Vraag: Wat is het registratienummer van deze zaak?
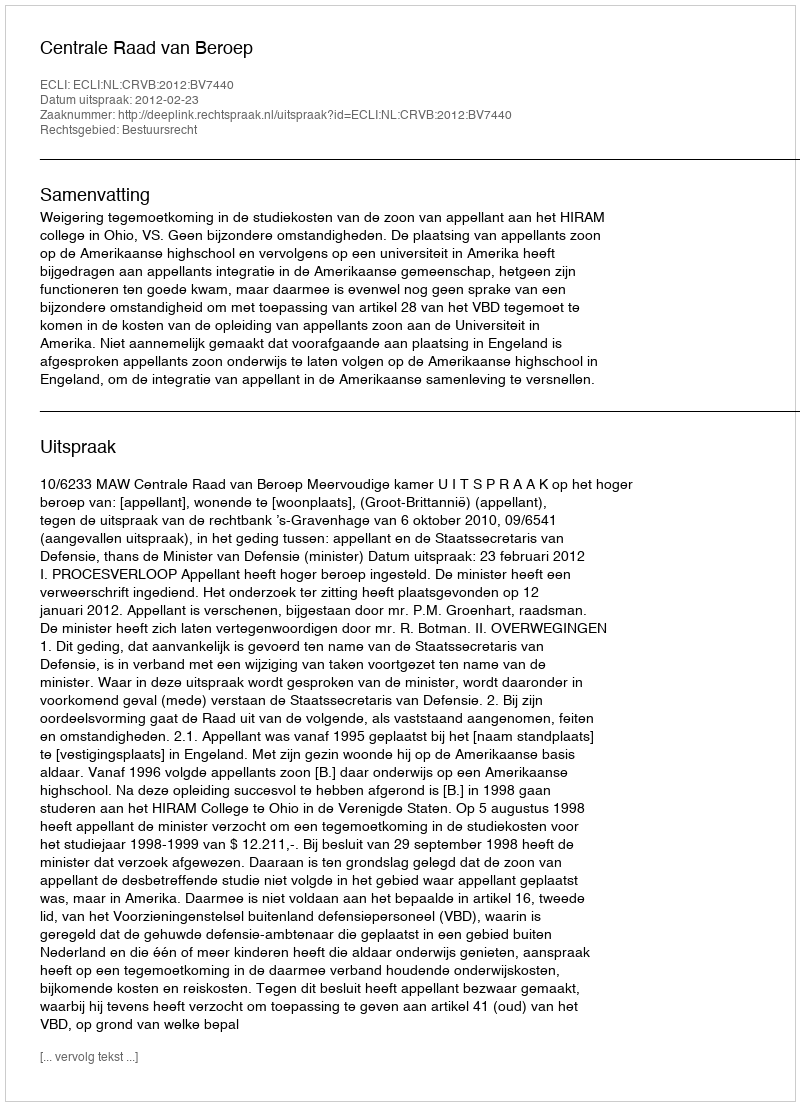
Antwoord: http://deeplink.rechtspraak.nl/uitspraak?id=ECLI:NL:CRVB:2012:BV7440